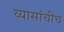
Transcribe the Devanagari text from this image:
व्यासांचीच